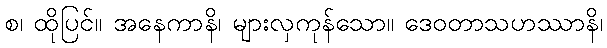
စ၊ ထိုပြင်။ အနေကာနိ၊ များလှကုန်သော။ ဒေဝတာသဟဿာနိ၊